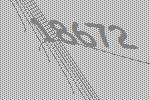
18672